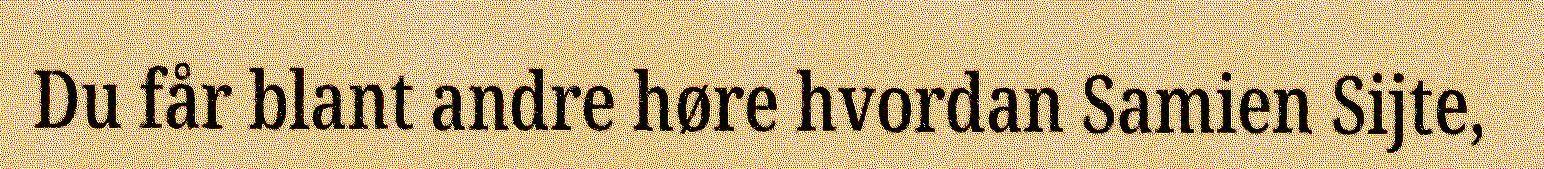
Du får blant andre høre hvordan Samien Sijte,